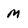
Character: M